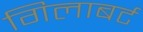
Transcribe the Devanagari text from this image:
गिलाबर्ट